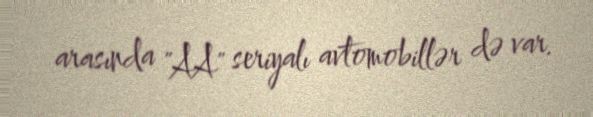
arasında "AA" seriyalı avtomobillər də var.